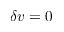
\delta v = 0